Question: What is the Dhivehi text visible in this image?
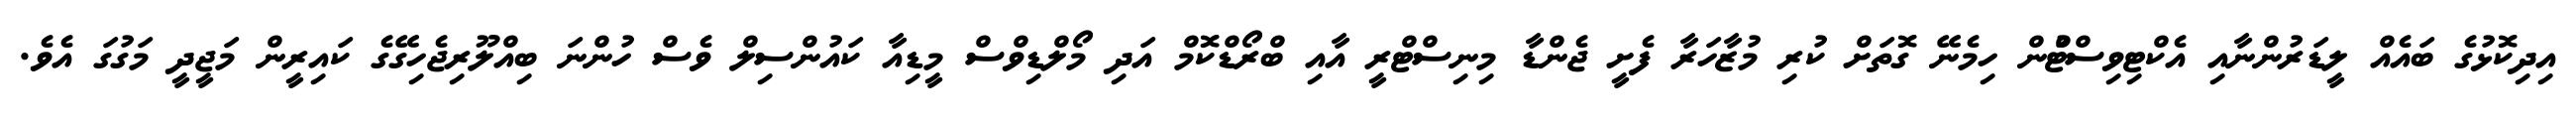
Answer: އިދިކޮޅުގެ ބައެއް ލީޑަރުންނާއި އެކްޓިވިސްޓްުން ހިމެނޭ ގޮތަށް ކުރި މުޒާހަރާ ފެށީ ޖެންޑާ މިނިސްޓްރީ އާއި ބްރޯޑްކޮމް އަދި މޯލްޑިވްސް މީޑިއާ ކައުންސިލް ވެސް ހުންނަ ބިއްލޫރިޖެހިގޭގެ ކައިރީން މަޖީދީ މަގުގަ އެވެ.